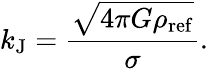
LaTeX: k_{\mathrm{J}}=\frac{\sqrt{4\pi G\rho_{\mathrm{ref}}}}{\sigma}.